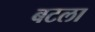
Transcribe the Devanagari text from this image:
बटला